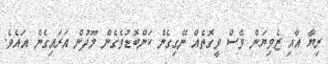
ރިޔާ އާއި ޒެވިޔަން ވެސް ވީގޮތެއް ނޭގިގެން ކަންބޮޑުވެގެން މޫދުން އަރައިގެން އައެވެ.